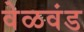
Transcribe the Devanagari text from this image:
वेळवंड